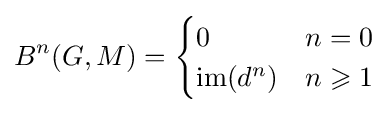
B^{n}(G,M)={\begin{cases}0&n=0\\\operatorname {im} (d^{n})&n\geqslant 1\end{cases}}